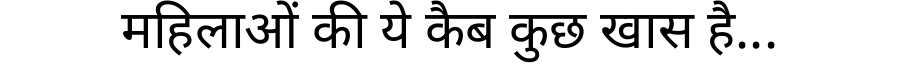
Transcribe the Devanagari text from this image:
महिलाओं की ये कैब कुछ खास है...